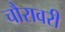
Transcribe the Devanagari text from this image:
चौरावरी